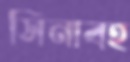
সিনাবহ